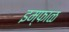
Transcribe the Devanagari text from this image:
इम्फाळ